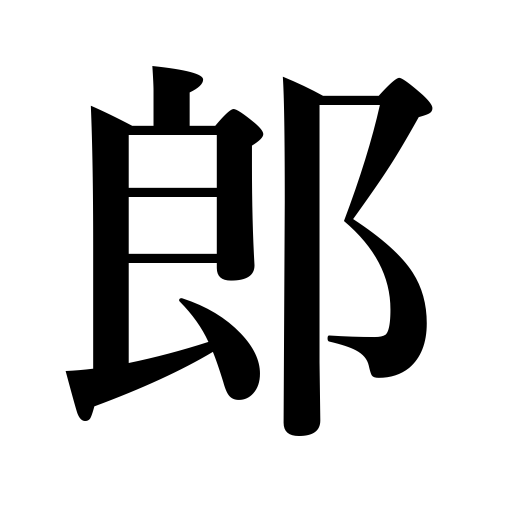
Meanings: counter for sons,man,husband